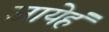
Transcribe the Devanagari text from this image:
जायेहं